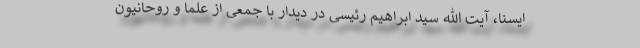
ایسنا،‌ آیت الله سید ابراهیم رئیسی در دیدار با جمعی از علما و روحانیون